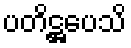
ပတိဋ္ဌပေသိ